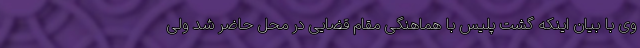
وی با بیان اینکه گشت پلیس با هماهنگی مقام قضایی در محل حاضر شد ولی